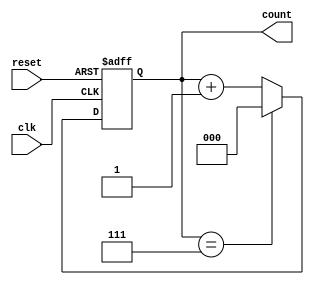
module mod_n_async_counter #(parameter N = 8) (
    input wire clk,          // Clock signal
    input wire reset,        // Asynchronous reset signal
    output reg [bit_width-1:0] count // Output count value
);
    
    localparam bit_width = $clog2(N); // Number of bits required for counting
    
    // Asynchronous reset and count logic
    always @(posedge clk or posedge reset) begin
        if (reset) begin
            count <= 0; // Reset count to 0
        end else begin
            if (count == N-1) begin
                count <= 0; // Wrap around to 0 when count reaches N
            end else begin
                count <= count + 1; // Increment count
            end
        end
    end

endmodule